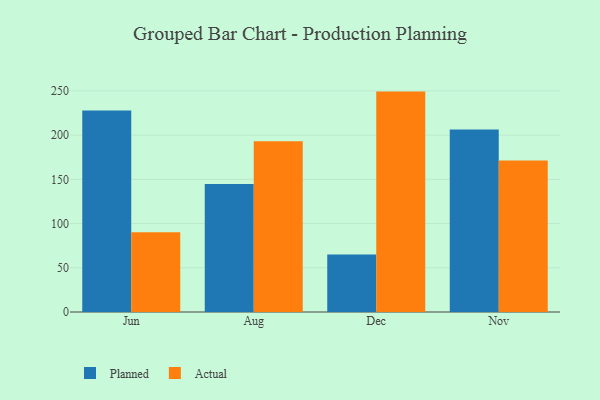
{"axis": {"x": "Month", "y": "Production Output"}, "legend": ["Actual", "Planned"], "data": [{"x": "Jun", "y": 227.9, "type": "Planned"}, {"x": "Jun", "y": 90.3, "type": "Actual"}, {"x": "Aug", "y": 144.8, "type": "Planned"}, {"x": "Aug", "y": 193.1, "type": "Actual"}, {"x": "Dec", "y": 64.9, "type": "Planned"}, {"x": "Dec", "y": 249.2, "type": "Actual"}, {"x": "Nov", "y": 206.3, "type": "Planned"}, {"x": "Nov", "y": 171.4, "type": "Actual"}]}